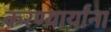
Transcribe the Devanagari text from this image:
करण्यार्यांना